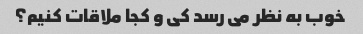
خوب به نظر می رسد کی و کجا ملاقات کنیم؟